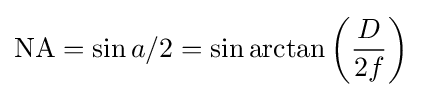
\mathrm {NA} =\sin a/2=\sin \arctan \left({\frac {D}{2f}}\right)